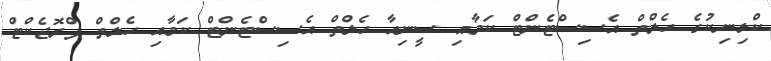
ކްލިނިކުގެ ހެލްތް އެސިސްޓެންޓް ކަމާއި ސީނިއާ ހެލްތް އެސިސްޓެންޓް ކަމާއި ހެލްތް ޕްރޮޖެކްޓް